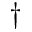
\dagger